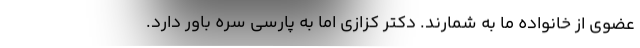
عضوی از خانواده ما به شمارند. دکتر کزازی اما به پارسی سره باور دارد.